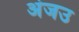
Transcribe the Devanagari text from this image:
अंजउ